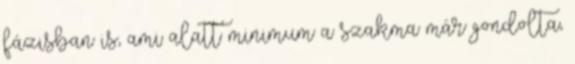
fázisban is, ami alatt minimum a szakma már gondolta,